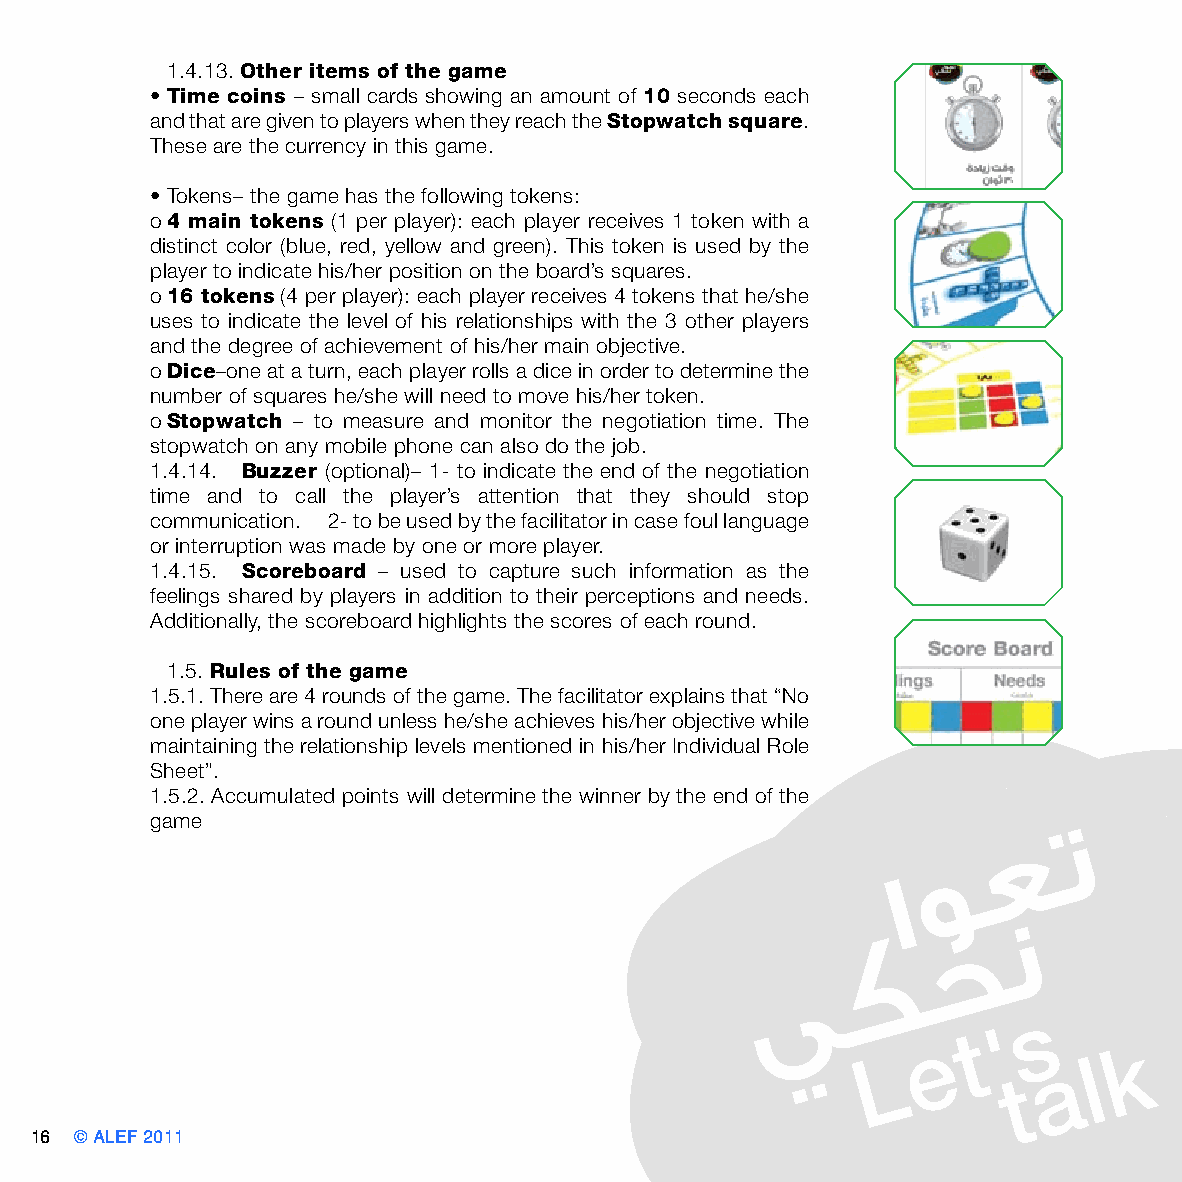
1.4.13. Other items of the game
 • Time coins – small cards showing an amount of 10 seconds each
 and that are given to players when they reach the Stopwatch square.
 These are the currency in this game.
 • Tokens– the game has the following tokens:
 o 4 main tokens (1 per player): each player receives 1 token with a
 distinct color (blue, red, yellow and green). This token is used by the
 player to indicate his/her position on the board’s squares.
 o 16 tokens (4 per player): each player receives 4 tokens that he/she
 uses to indicate the level of his relationships with the 3 other players
 and the degree of achievement of his/her main objective.
 o Dice–one at a turn, each player rolls a dice in order to determine the
 number of squares he/she will need to move his/her token.
 o Stopwatch – to measure and monitor the negotiation time. The
 stopwatch on any mobile phone can also do the job.
 1.4.14. Buzzer (optional)– 1- to indicate the end of the negotiation
 time and to call the player’s attention that they should stop
 communication. 2- to be used by the facilitator in case foul language
 or interruption was made by one or more player.
 1.4.15. Scoreboard – used to capture such information as the
 feelings shared by players in addition to their perceptions and needs.
 Additionally, the scoreboard highlights the scores of each round.
 1.5. Rules of the game
 1.5.1. There are 4 rounds of the game. The facilitator explains that “No
 one player wins a round unless he/she achieves his/her objective while
 maintaining the relationship levels mentioned in his/her Individual Role
 Sheet”.
 1.5.2. Accumulated points will determine the winner by the end of the
 game
 16 © ALEF 2011